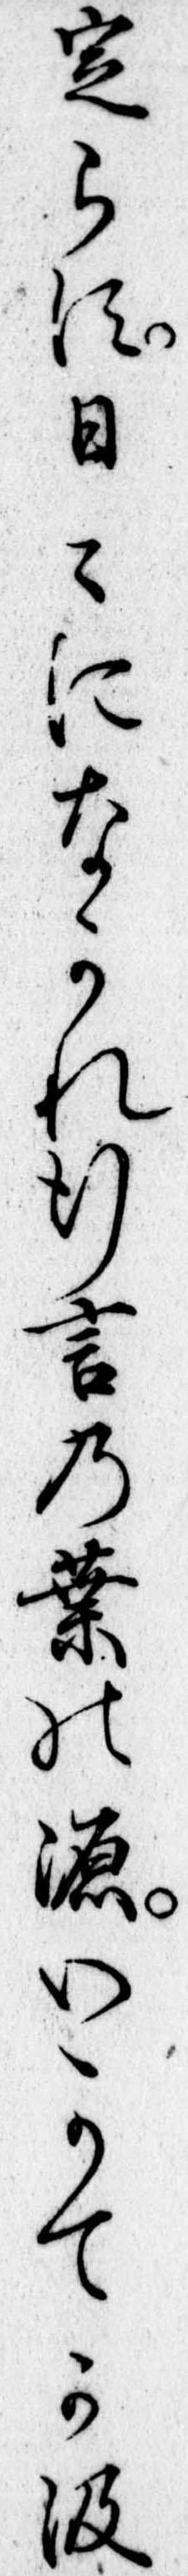
定らす日になかれ行言の葉の源いかてか汲